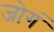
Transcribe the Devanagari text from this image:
जोगं